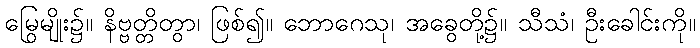
မြွေမျိုး၌။ နိဗ္ဗတ္တိတွာ၊ ဖြစ်၍။ ဘောဂေသု၊ အခွေတို့၌။ သီသံ၊ ဦးခေါင်းကို။